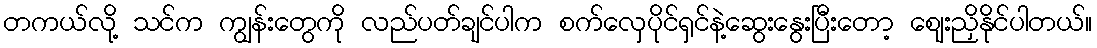
တကယ်လို့ သင်က ကျွန်းတွေကို လည်ပတ်ချင်ပါက စက်လှေပိုင်ရှင်နဲ့ဆွေးနွေးပြီးတော့ ဈေးညှိနိုင်ပါတယ်။